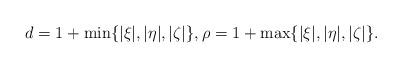
LaTeX: \begin{align*}d = 1+ \min\{|\xi|,|\eta|,|\zeta| \}, \rho = 1+ \max\{|\xi|,|\eta|,|\zeta| \}.\end{align*}